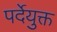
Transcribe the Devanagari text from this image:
पर्देयुक्त